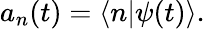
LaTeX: a_{n}(t)=\langle n|\psi(t)\rangle.